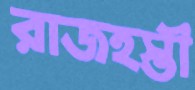
রাজহস্তী